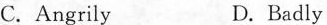
C.Angrily D.Badly